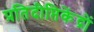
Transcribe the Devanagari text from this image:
प्रतिदीप्तिकेंद्रों